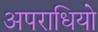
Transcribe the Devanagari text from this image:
अपराधियो